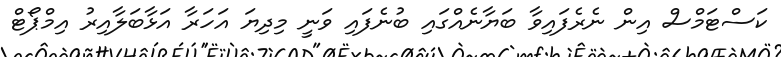
ކަސްޓަމްސް އިން ނެރެފައިވާ ބަޔާނެއްގައި ބުނެފައި ވަނީ މިދިޔަ އަހަރާ އަޅާބަލާއިރު އިމްޕޯޓް